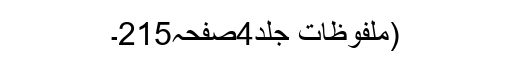
(ملفوظات جلد4صفحہ215۔